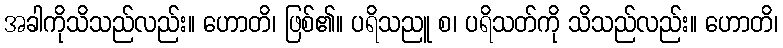
အခါကိုသိသည်လည်း။ ဟောတိ၊ ဖြစ်၏။ ပရိသညူ စ၊ ပရိသတ်ကို သိသည်လည်း။ ဟောတိ၊